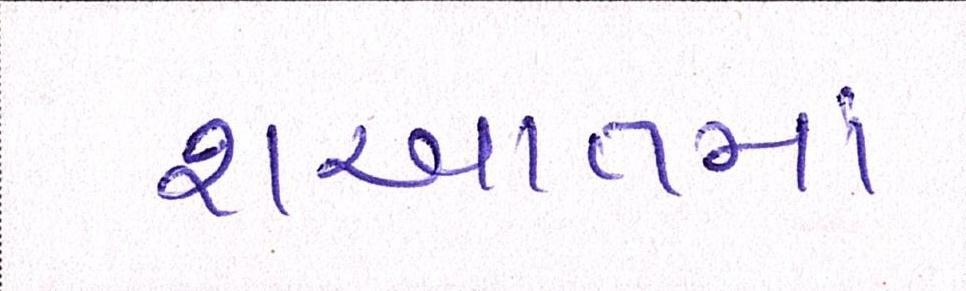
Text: શઆતમાં